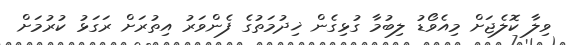
ވިލާ ކޮލެޖަށް މިއެވޯޑު ލިބުމާ ގުޅިގެން ޚިދުމަތުގެ ފެންވަރު އިތުރަށް ރަގަޅު ކުރުމަށް